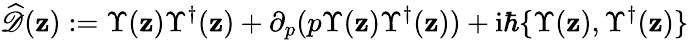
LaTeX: \widehat{\mathscr{D}}({\mathbf{z}}):=\Upsilon({\mathbf{z}})\Upsilon^{\dagger}({\mathbf{z}})+\partial_{p}(p\Upsilon({\mathbf{z}})\Upsilon^{\dagger}({\mathbf{z}}))+\mathrm{i}\hbar\{ \Upsilon({\mathbf{z}}),\Upsilon^{\dagger}({\mathbf{z}})\}